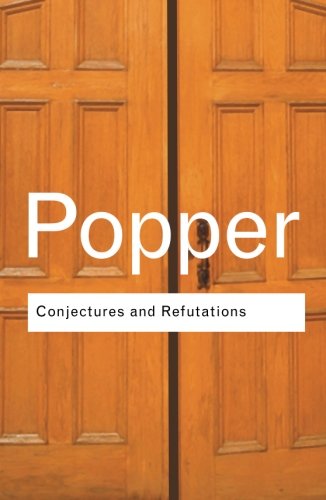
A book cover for Conjectures and Refutations: The Growth of Scientific Knowledge (Routledge Classics); Karl Popper; Politics & Social Sciences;